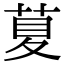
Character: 𦱛